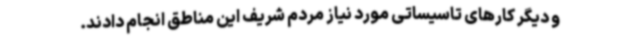
و دیگر کارهای تاسیساتی مورد نیاز مردم شریف این مناطق انجام دادند.